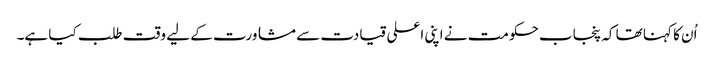
اُن کا کہنا تھا کہ پنجاب حکومت نے اپنی اعلی قیادت سے مشاورت کے لیے وقت طلب کیا ہے۔